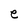
Character: e